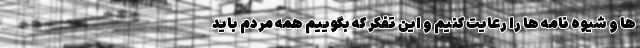
ها و شیوه نامه ها را رعایت کنیم و این تفکر که بگوییم همه مردم باید